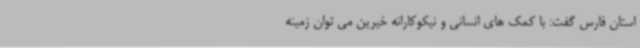
استان فارس گفت: با کمک های انسانی و نیکوکارانه خیرین می توان زمینه